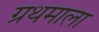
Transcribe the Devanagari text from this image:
ग्रथमाला